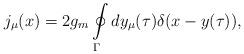
LaTeX: \begin{align*}j_\mu(x)=2g_m\oint\limits_{\Gamma}^{}dy_\mu(\tau)\delta(x-y(\tau)),\end{align*}